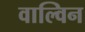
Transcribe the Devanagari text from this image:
वाल्विन